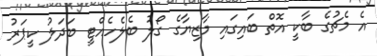
އެ މެޗުގެ ބާކީ އޮތް ބައިގައި މާޒިޔާގެ ގޯލު ބެލެހެއްޓީ ބަދަލު ކީޕަރު